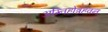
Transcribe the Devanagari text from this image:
अग्निहोत्रहवन